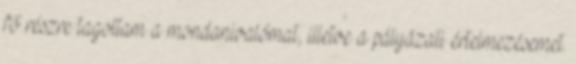
fő részre tagoltam a mondanivalómat, illetve a pályázati értelmezésemet.